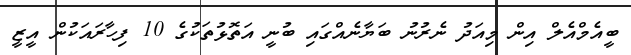
ބީއެމްއެލް އިން މިއަދު ނެރުނު ބަޔާނެއްގައި ބުނީ އަތޮޅުތަކުގެ 10 ފިހާރައަކުން އީޒީ